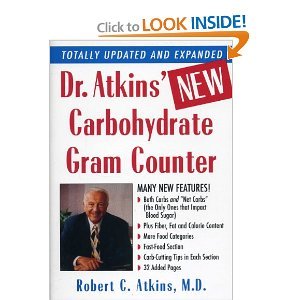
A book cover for Dr. Atkins' NEW Carbohydrate Gram Counter (Totally Updated and Expanded); MD Robert C. Atkins; Health, Fitness & Dieting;